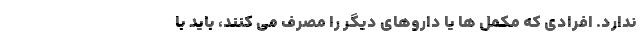
ندارد. افرادی که مکمل ها یا داروهای دیگر را مصرف می کنند، باید با